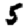
Digit: 5